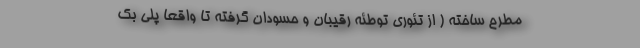
مطرح ساخته ( از تئوری توطئه رقیبان و حسودان گرفته تا واقعا پلی بک